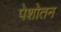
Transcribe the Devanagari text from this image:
पेशोतन